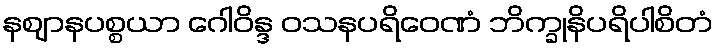
နဈာနပစ္စယာ ဂေါဝိန္ဒ ဝသနပရိဝေဏံ ဘိက္ခုနိပရိပါစိတံ